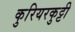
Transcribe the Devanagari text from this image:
कुरियरकुट्टी